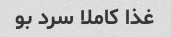
غذا کاملا سرد بو